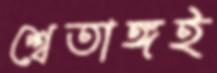
শ্বেতাঙ্গই